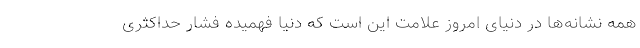
همه نشانه‌ها در دنیای امروز علامت این است که دنیا فهمیده فشار حداکثری